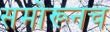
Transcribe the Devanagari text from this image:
समोरूनच